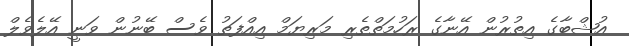
އުޝްބާގެ އިތުރުން އޭނާގެ ރަހުމަތްތެރި މަރިޔަމް އިއްފަތު ވެސް ބޭނުން ވަނީ އޭލެވެލް